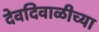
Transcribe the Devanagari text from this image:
देवदिवाळीच्या